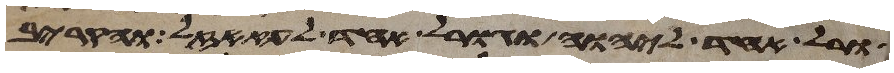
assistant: גורל אחד ליהוה וגורל אחד לעזזאל והקריב